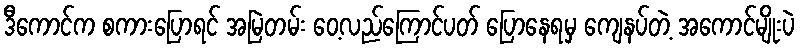
ဒီကောင်က စကားပြောရင် အမြဲတမ်း ဝေ့လည်ကြောင်ပတ် ပြောနေရမှ ကျေနပ်တဲ့ အကောင်မျိုးပဲ